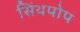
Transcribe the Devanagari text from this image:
सिंथपोप